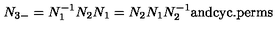
N _ { 3 - } = N _ { 1 } ^ { - 1 } N _ { 2 } N _ { 1 } = N _ { 2 } N _ { 1 } N _ { 2 } ^ { - 1 } \mathrm { a n d } \mathrm { c y c . p e r m s }